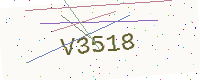
Text: V3518